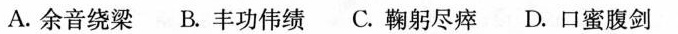
A.余音绕梁B.丰功伟绩C.鞠躬尽瘁D.口蜜腹剑